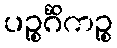
ပဉ္စင်္ဂိကဉ္စ